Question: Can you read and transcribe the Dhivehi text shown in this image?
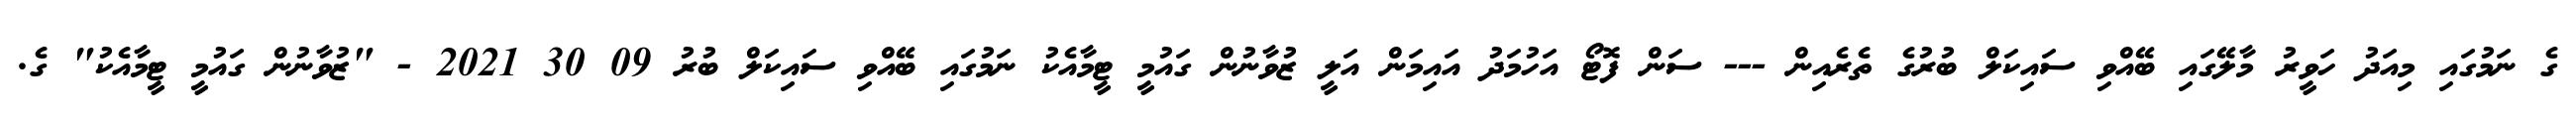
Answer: ގެ ނަމުގައި މިއަދު ހަވީރު މާލޭގައި ބޭއްވި ސައިކަލް ބުރުގެ ތެރެއިން --- ސަން ފޮޓޯ އަހުމަދު އައިމަން އަލީ ޒުވާނުން ގައުމީ ޓީމާއެކު ނަމުގައި ބޭއްވި ސައިކަލް ބުރު 09 30 2021 - "ޒުވާނުން ގައުމީ ޓީމާއެކު" ގެ.